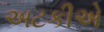
અટકીએ